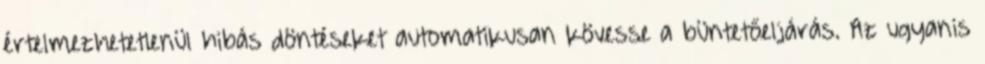
értelmezhetetlenül hibás döntéseket automatikusan kövesse a büntetőeljárás. Az ugyanis